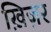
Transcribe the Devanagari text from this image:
ख़िज़र